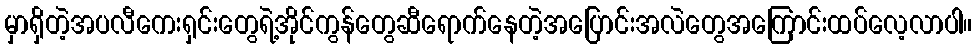
မှာရှိတဲ့အပလီကေးရှင်းတွေရဲ့အိုင်ကွန်တွေဆီရောက်နေတဲ့အပြောင်းအလဲတွေအကြောင်းထပ်လေ့လာပါ။